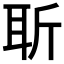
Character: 𦕄